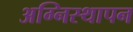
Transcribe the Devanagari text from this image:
अग्निस्थापन